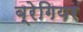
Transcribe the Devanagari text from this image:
ब्रेगियर